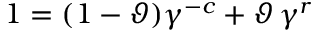
1 = ( 1 - \vartheta ) \gamma ^ { - c } + \vartheta \, \gamma ^ { r }